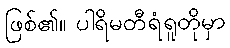
ဖြစ်၏။ ပါရိမတီရံရူတိုမှာ